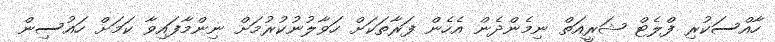
ހާއްސަކުރި ފްލެޓް ޝަރީއަތް ނިމެންދެން އެހެން ފަރާތަކަށް ހަވާލުނުކުރުމަށް ނިންމާފައިވާ ކަމަށް ހައުސިން